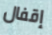
إقفال